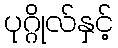
ပုဂ္ဂိုလ်နှင့်